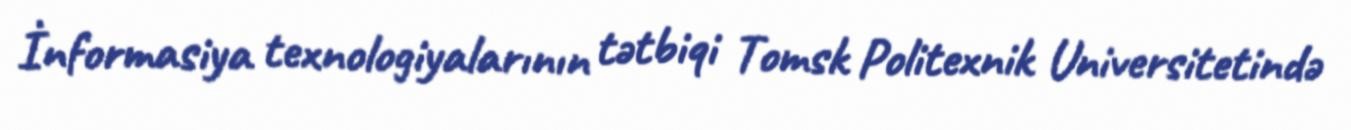
İnformasiya texnologiyalarının tətbiqi Tomsk Politexnik Universitetində